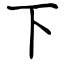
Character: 下